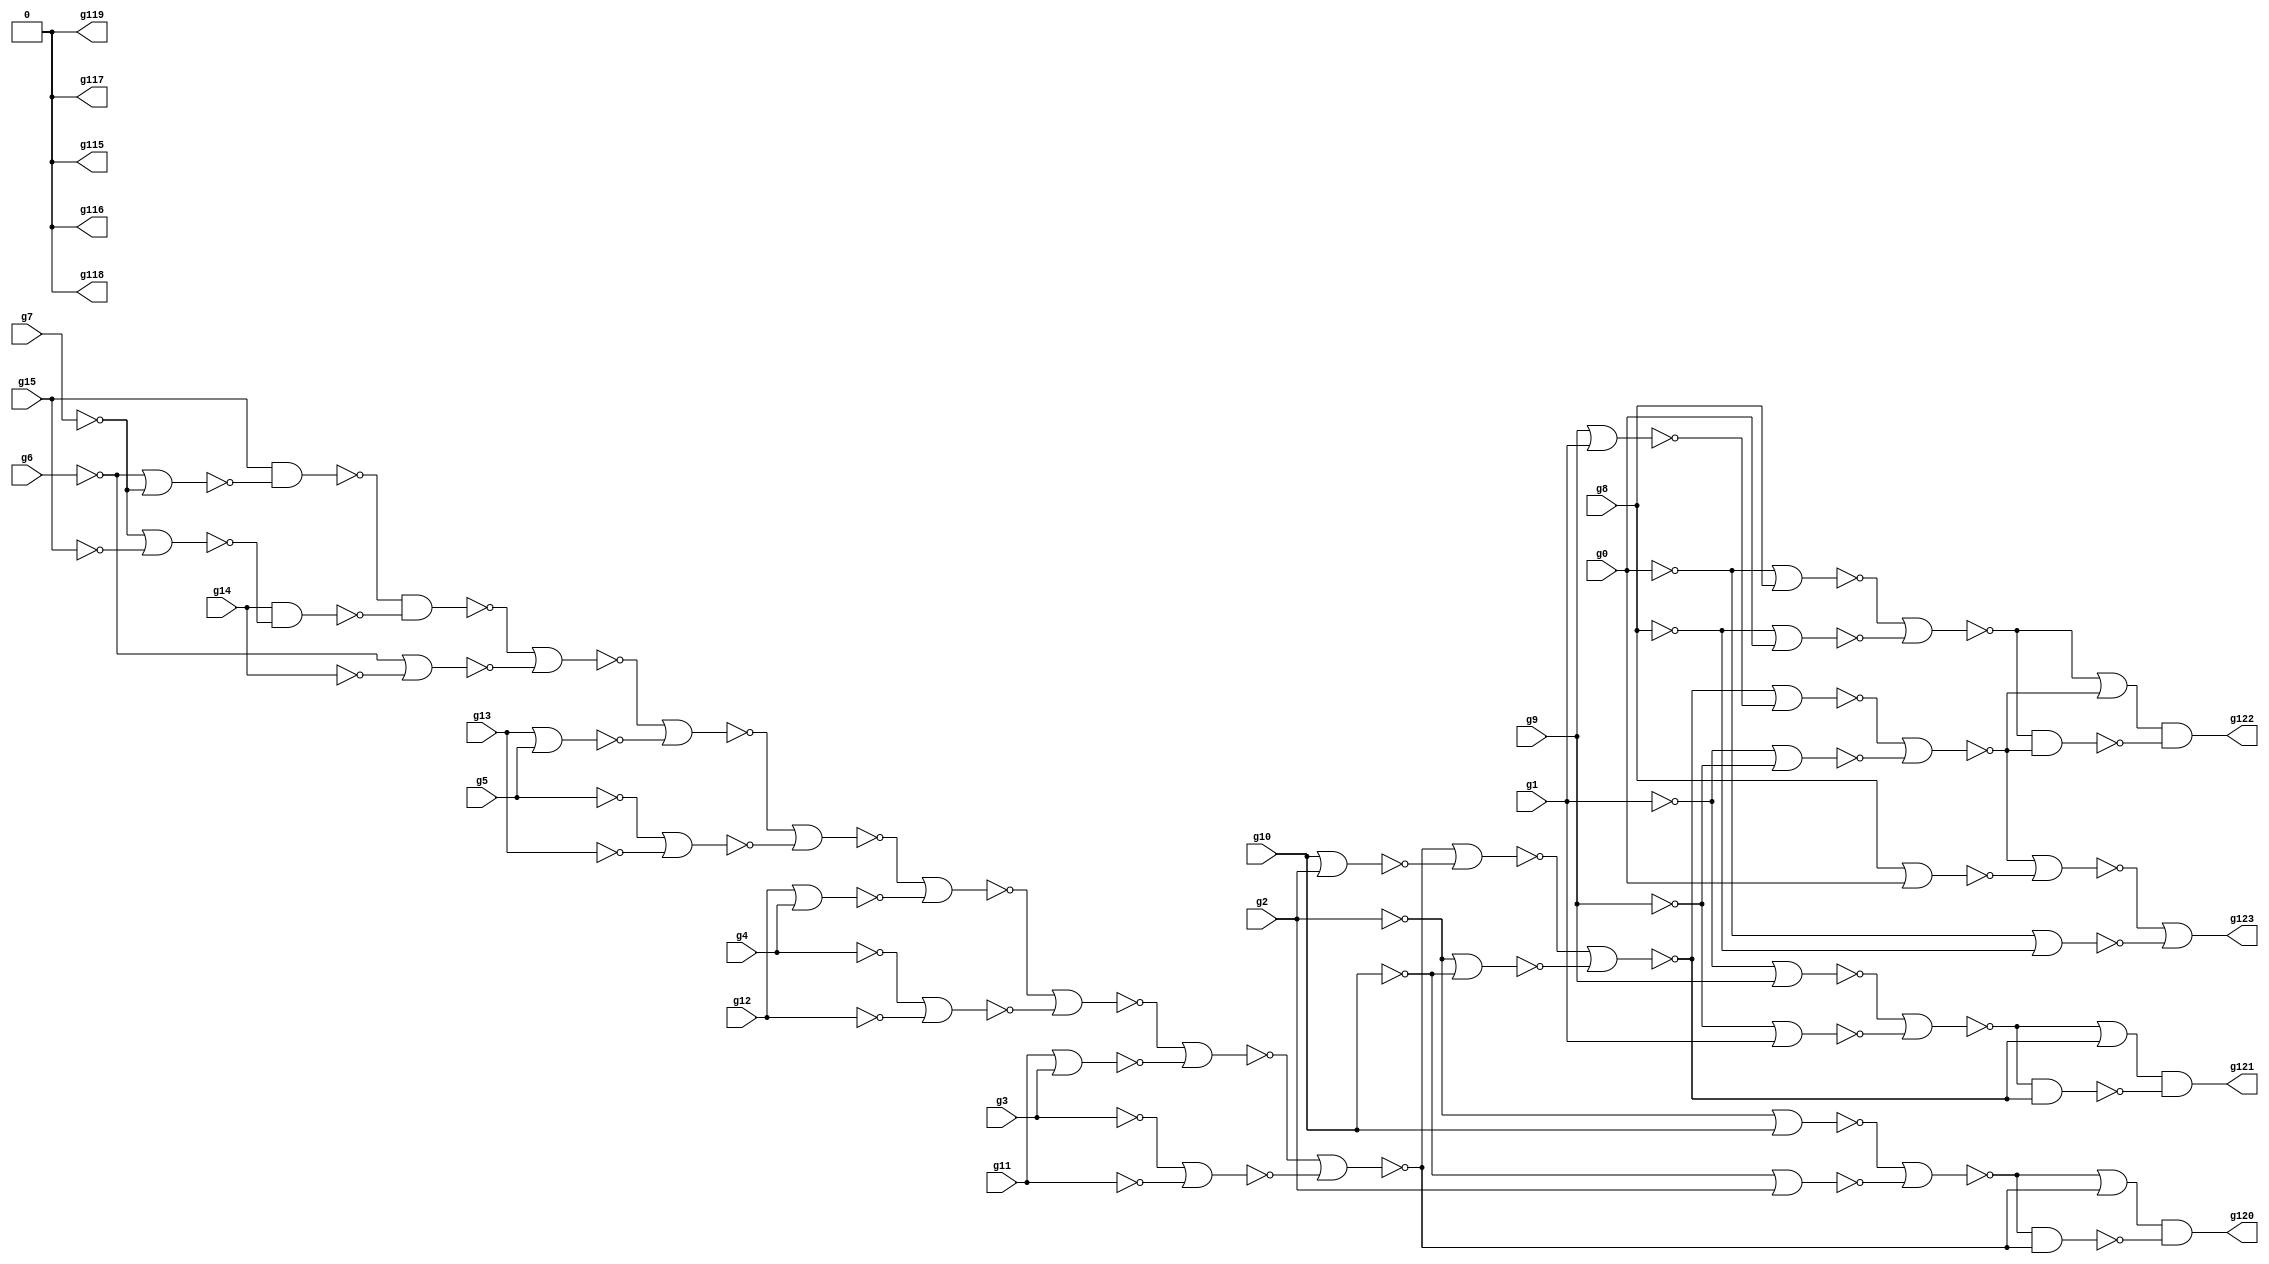
// Benchmark "circuit" written by ABC on Wed Mar 16 10:20:12 2022

module circuit ( 
    g0, g1, g2, g3, g4, g5, g6, g7, g8, g9, g10, g11, g12, g13, g14, g15,
    g123, g122, g121, g120, g119, g118, g117, g116, g115  );
  input  g0, g1, g2, g3, g4, g5, g6, g7, g8, g9, g10, g11, g12, g13, g14,
    g15;
  output g123, g122, g121, g120, g119, g118, g117, g116, g115;
  wire g16, g20, g25, g29, g31, g34, g35, g36, g37, g38, g39, g43, g45, g48,
    g49, g50, g51, g55, g57, g60, g61, g62, g63, g67, g68, g69, g70, g71,
    g72, g73, g74, g75, g76, g77, g78, g79, g80, g81, g82, g83, g84, g85,
    g86, g87, g88, g89, g90, g91, g92, g93, g94, g95, g96, g97, g98, g99,
    g100, g101, g102, g103, g104, g105, g111, g112, g113, g114, \0 ;
  assign g16 = ~g15;
  assign g20 = ~g14;
  assign g25 = ~g7 | ~g15;
  assign g29 = ~g13;
  assign g31 = ~g5;
  assign g34 = ~g6 | ~g7;
  assign g35 = ~g16 & ~g34;
  assign g36 = ~g20 & ~g25;
  assign g37 = ~g35 & ~g36;
  assign g38 = ~g6 | ~g14;
  assign g39 = ~g37 | ~g38;
  assign g43 = ~g12;
  assign g45 = ~g4;
  assign g48 = ~g29 | ~g31;
  assign g49 = ~g39 | ~g48;
  assign g50 = ~g5 | ~g13;
  assign g51 = ~g49 | ~g50;
  assign g55 = ~g11;
  assign g57 = ~g3;
  assign g60 = ~g43 | ~g45;
  assign g61 = ~g51 | ~g60;
  assign g62 = ~g4 | ~g12;
  assign g63 = ~g61 | ~g62;
  assign g67 = ~g10;
  assign g68 = ~g2 | ~g67;
  assign g69 = ~g2;
  assign g70 = ~g10 | ~g69;
  assign g71 = ~g68 | ~g70;
  assign g72 = ~g55 | ~g57;
  assign g73 = ~g63 | ~g72;
  assign g74 = ~g3 | ~g11;
  assign g75 = ~g73 | ~g74;
  assign g76 = ~g71 | ~g75;
  assign g77 = ~g76;
  assign g78 = ~g71 & ~g75;
  assign g79 = ~g9;
  assign g80 = ~g1 | ~g79;
  assign g81 = ~g1;
  assign g82 = ~g9 | ~g81;
  assign g83 = ~g80 | ~g82;
  assign g84 = ~g67 | ~g69;
  assign g85 = ~g75 | ~g84;
  assign g86 = ~g2 | ~g10;
  assign g87 = ~g85 | ~g86;
  assign g88 = ~g83 | ~g87;
  assign g89 = ~g88;
  assign g90 = ~g83 & ~g87;
  assign g91 = ~g8;
  assign g92 = ~g0 | ~g91;
  assign g93 = ~g0;
  assign g94 = ~g8 | ~g93;
  assign g95 = ~g92 | ~g94;
  assign g96 = ~g79 | ~g81;
  assign g97 = ~g87 | ~g96;
  assign g98 = ~g1 | ~g9;
  assign g99 = ~g97 | ~g98;
  assign g100 = ~g95 | ~g99;
  assign g101 = ~g100;
  assign g102 = ~g95 & ~g99;
  assign g103 = ~g91 | ~g93;
  assign g104 = ~g99 | ~g103;
  assign g105 = ~g0 | ~g8;
  assign g111 = ~g77 & ~g78;
  assign g112 = ~g89 & ~g90;
  assign g113 = ~g101 & ~g102;
  assign g114 = ~g104 | ~g105;
  assign g115 = \0 ;
  assign g116 = \0 ;
  assign g117 = \0 ;
  assign g118 = \0 ;
  assign g119 = \0 ;
  assign g120 = g111;
  assign g121 = g112;
  assign g122 = g113;
  assign g123 = g114;
  assign \0  = 1'b0;
endmodule